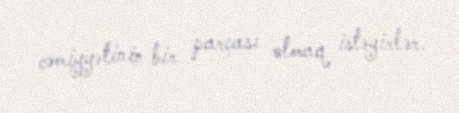
cəmiyyətinin bir parçası olmaq istəyirlər.